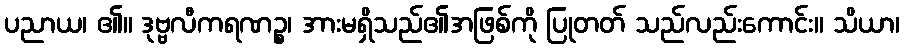
ပညာယ၊ ၏။ ဒုဗ္ဗလီကရဏဉ္စ၊ အားမရှိသည်၏အဖြစ်ကို ပြုတတ် သည်လည်းကောင်း။ သိယာ၊